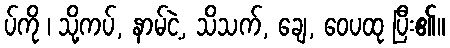
ပ်ကို ၊ သို့ကပ်, နာမ်ငဲ့, သိသက်, ချေ, ဝေပထု ပြီး၏။